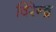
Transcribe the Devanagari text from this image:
विरेन्‍द्र